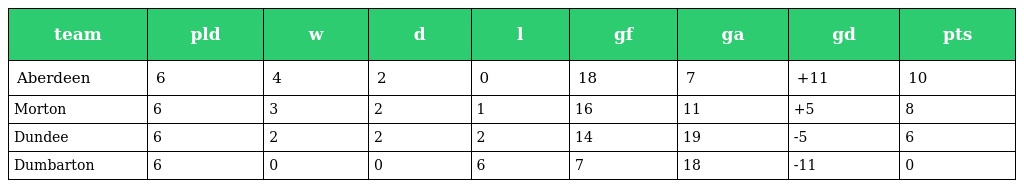
| team | pld | w | d | l | gf | ga | gd | pts |
 | --- | --- | --- | --- | --- | --- | --- | --- | --- |
 | Aberdeen | 6 | 4 | 2 | 0 | 18 | 7 | +11 | 10 |
 | Morton | 6 | 3 | 2 | 1 | 16 | 11 | +5 | 8 |
 | Dundee | 6 | 2 | 2 | 2 | 14 | 19 | -5 | 6 |
 | Dumbarton | 6 | 0 | 0 | 6 | 7 | 18 | -11 | 0 |